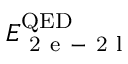
E _ { \mathrm { ~ 2 ~ e ~ - ~ 2 ~ l ~ } } ^ { \mathrm { Q E D } }